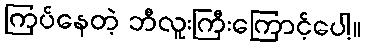
ကြပ်နေတဲ့ ဘီလူးကြီးကြောင့်ပေါ့။